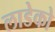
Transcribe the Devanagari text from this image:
लाडेको